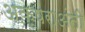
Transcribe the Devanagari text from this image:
अक्षराअंती